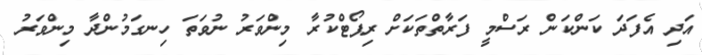
އަދި އެފަދަ ކަންކަން ރަސްމީ ފަރާތްތަކަށް ރިޕޯޓްކުރާ މިންވަރު ނުވަތަ ހިނގަމުންދާ މިންވަރު